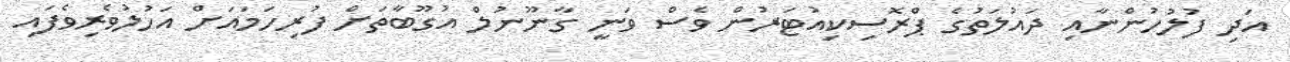
އަދި ފުލުހުންނާއި ދައުލަތުގެ ޕްރޮސިކިއުޓަރުން ވެސް ވަނީ ގާނޫނުލް އުގޫބާތަށް ފުރިހަމައަށް އަހުލުވެރިވެފައި